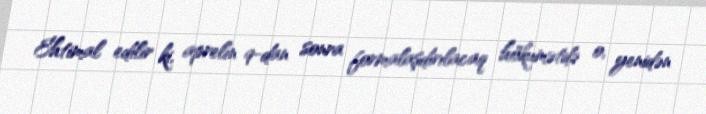
Ehtimal edilir ki, aprelin 9-dan sonra formalaşdırılacaq hökumətdə o, yenidən